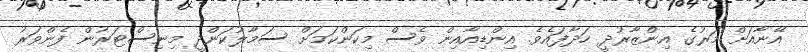
އޭނާއަށް މަރުގެ އިންޒާރުދީ ހަދާފައެެވެ. އިންޑިއާއިން ވެސް މިކަންކަމަށް ސަމާލުކަންދީ މިނިސްޓަރުން ފެންވަރު